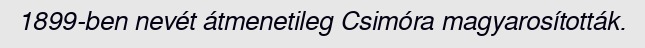
1899-ben nevét átmenetileg Csimóra magyarosították.